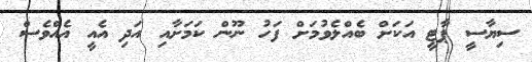
ސިޔާސީ ޕާޓީ އަކަށް ބެއްލެވުމަށް ފަހު ނޫން ކަމަށާއި އަދި އެއީ އެއްވެސް